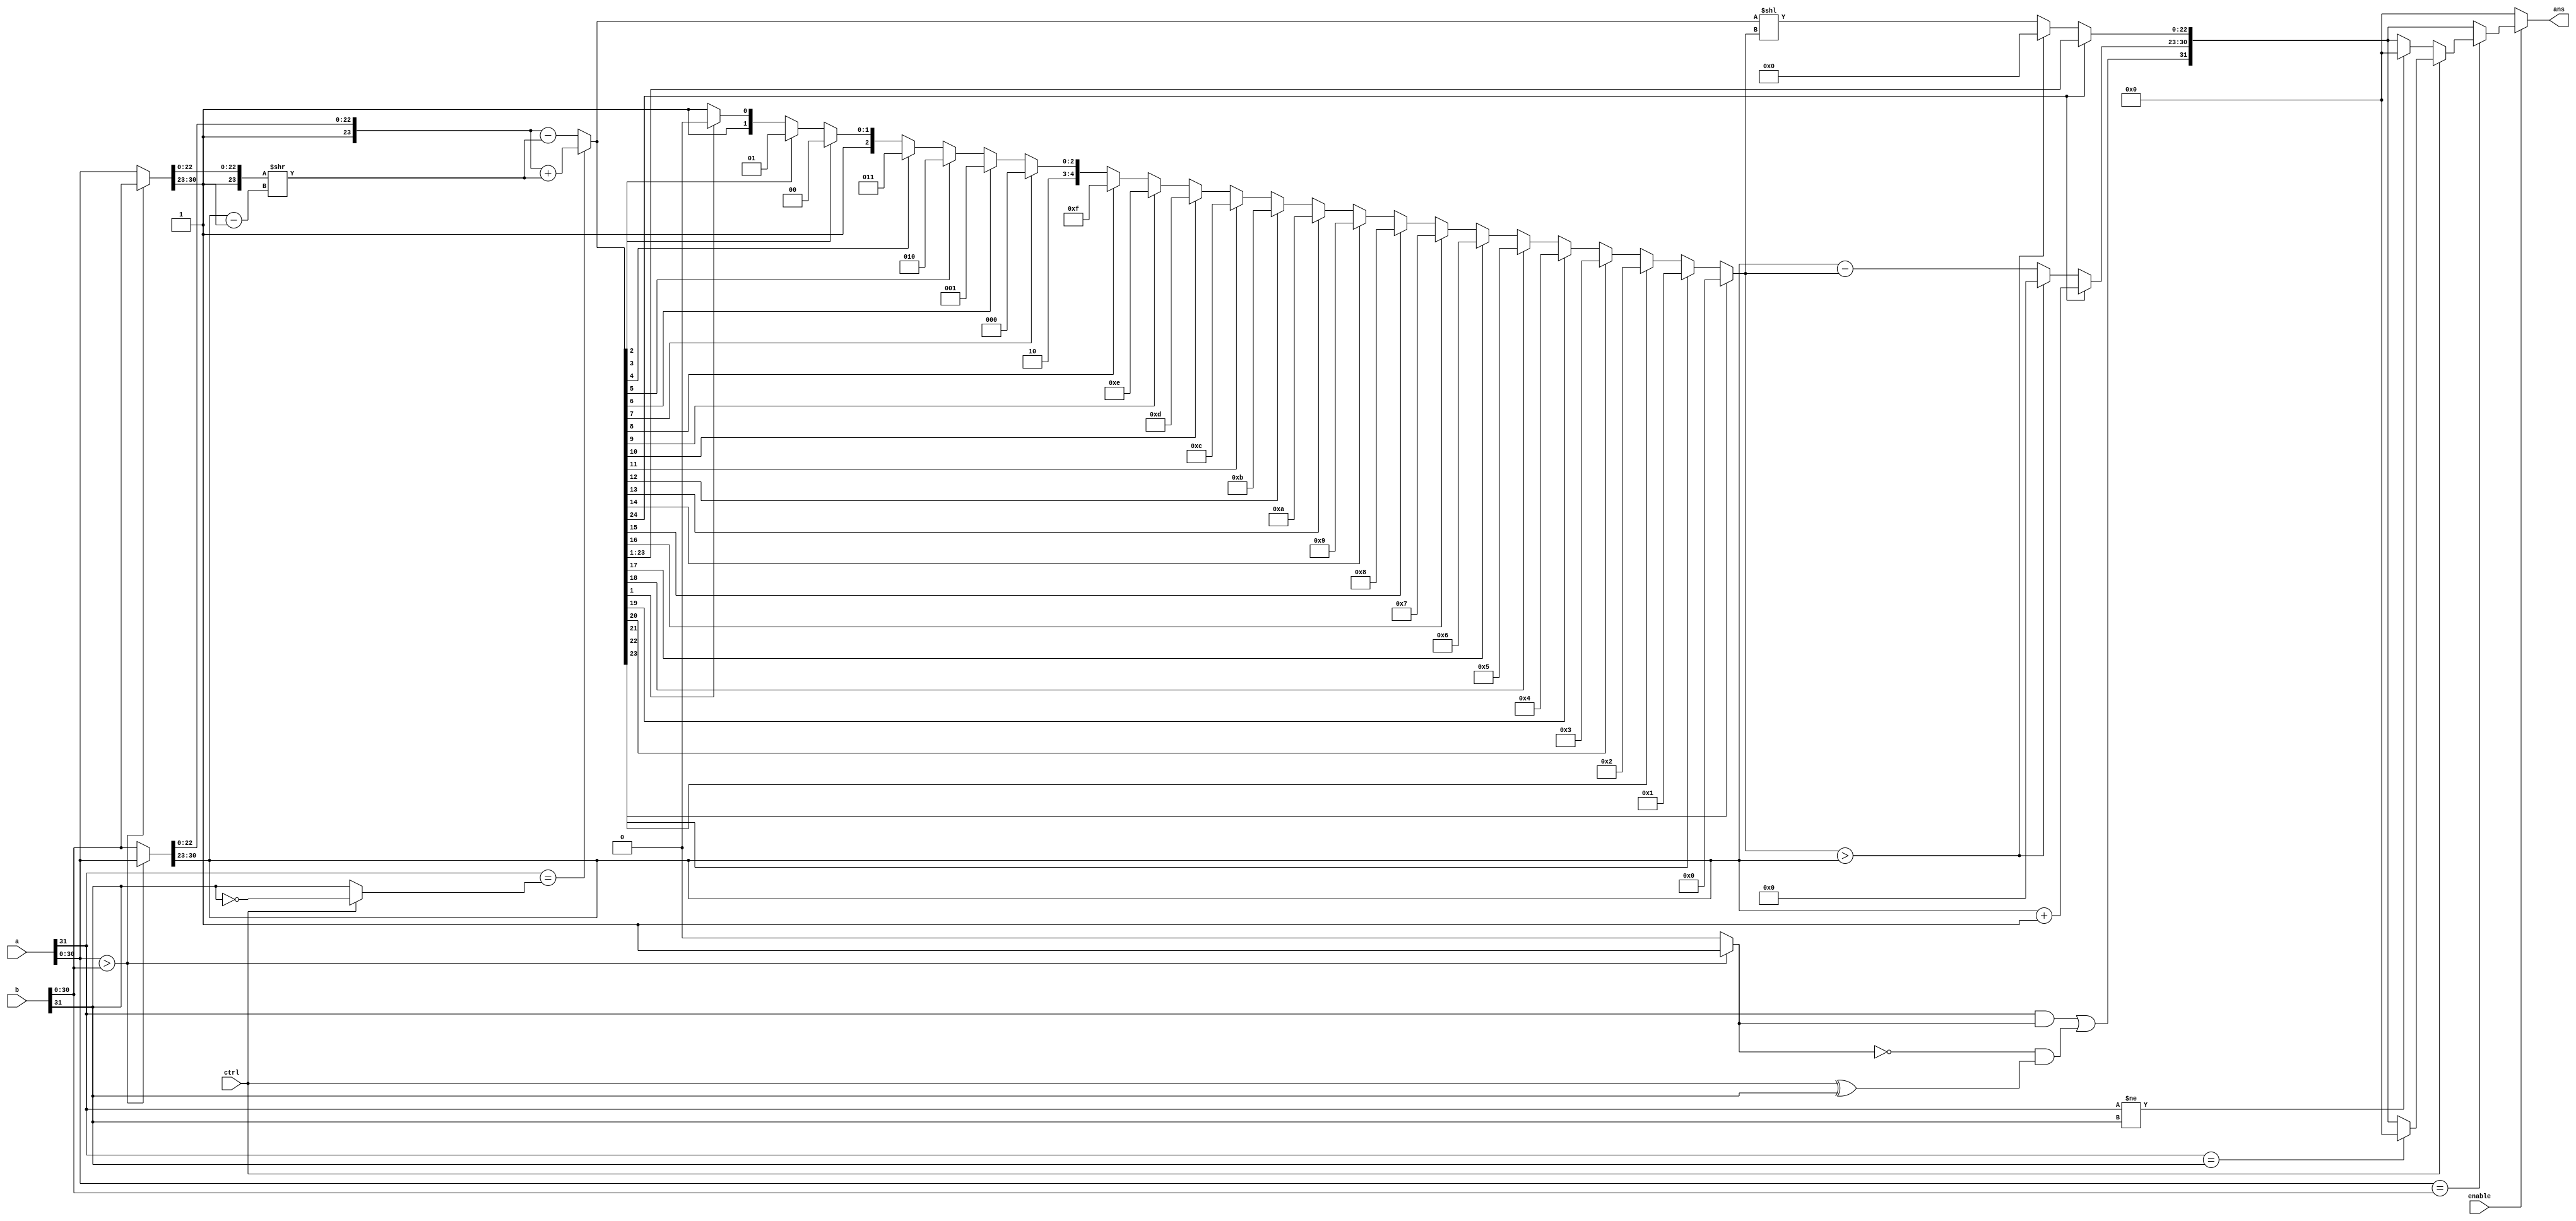
module Floating_adder(
    input wire [31:0] a,
    input wire [31:0] b,
    input ctrl,	// 0- add , 1-subtract
	 input enable,
    output wire [31:0] ans
    );
	
	reg [31:0] val_b,val_s; //bigger and smaller
	reg [23:0] aligned;
	reg [31:0] result;
	reg [24:0] sum,sum_norm;
	reg [4:0] lead0;	//leading zeros can be go up to 23
	reg sig_a, sig_b;
	reg is_greater;
	integer i;
	
	always @ (*) begin
		if(enable) begin
			sig_a = a[31];
			sig_b = (ctrl)? ~b[31] : b[31];	//ctrl sign 1 means value will invert
	// 1st stage - sort to find the bigger number		
			if(a[30:0] > b[30:0]) begin
				val_b = a;
				val_s = b;
				is_greater = 1'b1; 
			end else begin
				val_b = b;
				val_s = a;
				is_greater = 1'b0;
			end
	// 2nd stage - align small number		
			aligned = {1'b1,val_s[22:0]} >> (val_b[30:23] - val_s[30:23]);
	// 3rd stage - perform add/sub operation		
			if(sig_a == sig_b) begin
				sum = {2'b01,val_b[22:0]} + aligned;
			end else begin
				sum = {2'b01,val_b[22:0]} - aligned;
			end		
	// 4th stage - normalizing
			if (sum[23])
				lead0 = 0;
			else if (sum[22])
				lead0 = 1;
			else if (sum[21])
				lead0 =2;
			else if (sum[20])
				lead0 =3;
			else if (sum[19])
				lead0 =4;
			else if (sum[18])
				lead0 =5;
			else if (sum[17])
				lead0 =6;
			else if (sum[16])
				lead0 =7;
			else if (sum[15])
				lead0 =8;
			else if (sum[14])
				lead0 =9;
			else if (sum[13])
				lead0 =10;
			else if (sum[12])
				lead0 =11;
			else if (sum[11])
				lead0 =12;
			else if (sum[10])
				lead0 =13;
			else if (sum[9])
				lead0 =14;
			else if (sum[8])
				lead0 =15;
			else if (sum[7])
				lead0 =16;
			else if (sum[6])
				lead0 =17;
			else if (sum[5])
				lead0 =18;
			else if (sum[4])
				lead0 =19;
			else if (sum[3])
				lead0 =20;
			else if (sum[2])
				lead0 =21;
			else if (sum[1])
				lead0 =22;
			else
				lead0 =23;
			
			sum_norm = sum << lead0;	//shift the mantissa
	// 5th stage - setting the result
			if(sum[24]) begin
				result[30:23] = val_b[30:23] + 1'b1;
				result[22:0] = sum[23:1];
			end else begin
				
				if(lead0 > val_b[30:23]) begin	//number too small should throw underflow exception if mantissa not equal to zero
					result[30:0] = 0;
				end else begin
					result[30:23] = val_b[30:23] - lead0;
					result[22:0] = sum_norm[22:0];
				end
			end
			//result[31] = val_b[31];
			
			//Real sign!!!
			result[31] = (a[31] & is_greater) | ( (~is_greater) & (ctrl ^ b[31]) );
			//Add symmetrical case
			if(a[30:0] == b[30:0]) begin
				if (ctrl) begin
					if (a[31]==b[31]) begin
						result = 32'b0;		
					end
				end
				else begin
					if (a[31]!=b[31]) begin
						result = 32'b0;		
					end
				end
			end

		end else
			result = 0;
	end
	
	assign ans = result;
	
endmodule